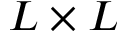
L \times L